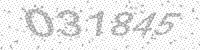
Solution: 031845